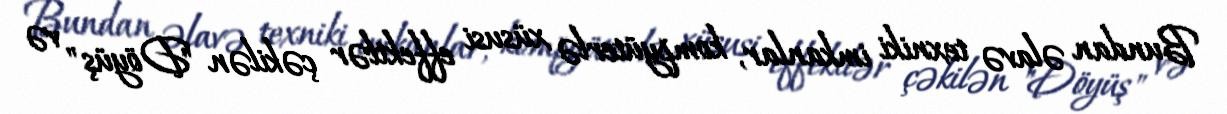
Bundan əlavə texniki imkanlar, kompyüterlə xüsusi effektlər çəkilən "Döyüş" və